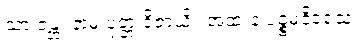
သာ ဇန္တုံ နာမ ပုတ္တံ ဝိဇာယိ။ အထ နံ ပဉ္စမဒိဝသေ